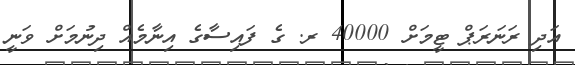
އަދި ރަނަރަޕް ޓީމަށް 40000 ރ. ގެ ފައިސާގެ އިނާމެއް ދިނުމަށް ވަނީ